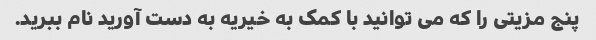
پنج مزیتی را که می توانید با کمک به خیریه به دست آورید نام ببرید.